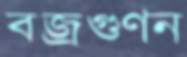
বজ্রগুণন